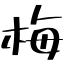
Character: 梅